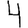
Digit: 4